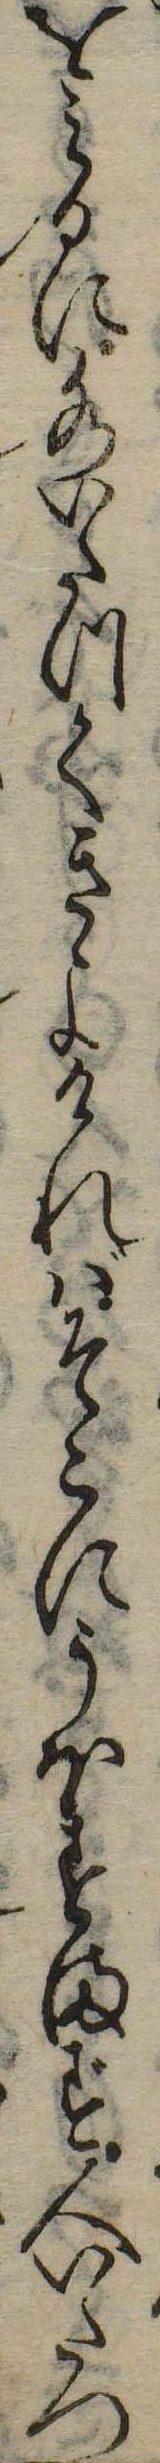
をみるに水いたつてきよければそこにうほすまず人いたつ